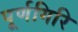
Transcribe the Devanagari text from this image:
पूर्णगिरि